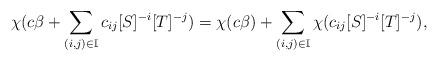
LaTeX: \begin{align*}\chi(c\beta+\sum_{(i,j)\in\mathbb{I}}c_{ij}[S]^{-i}[T]^{-j})=\chi(c\beta)+\sum_{(i,j)\in\mathbb{I}}\chi(c_{ij}[S]^{-i}[T]^{-j}),\end{align*}